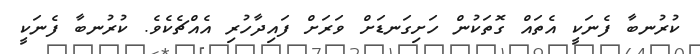
ކުރުނބާ ފެނަކީ އެތައް ގޮތަކުން ހަށިގަނޑަށް ވަރަށް ފައިދާހުރި އެއްޗެކެވެ. ކުރުނބާ ފެނަކީ